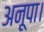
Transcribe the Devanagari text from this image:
अनूपा।